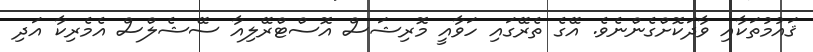
ޤައުމުތަކާއި ވާދަކޮށްގެންނެވެ. އޭގެ ތެރޭގައި ހަވާއީ މޮރިޝަސް އޮސްޓްރޭލިއާ ސޭޝެލްސް އެމެރިކާ އަދި